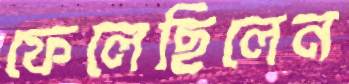
ফেলেছিলেন